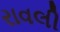
રાવલી